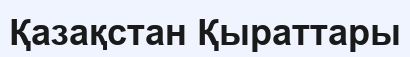
Қазақстан Қыраттары